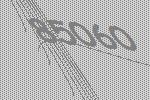
85060